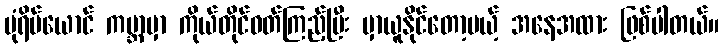
ပုံရိပ်ယောင် ကမ္ဘာမှာ ကိုယ်တိုင်ဝတ်ကြည့်ပြီး မှာယူနိုင်တော့မယ့် အနေအထား ဖြစ်ပါတယ်။